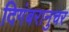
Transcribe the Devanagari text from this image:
दिगंबरानुचर